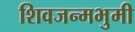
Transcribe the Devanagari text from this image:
शिवजन्मभुमी